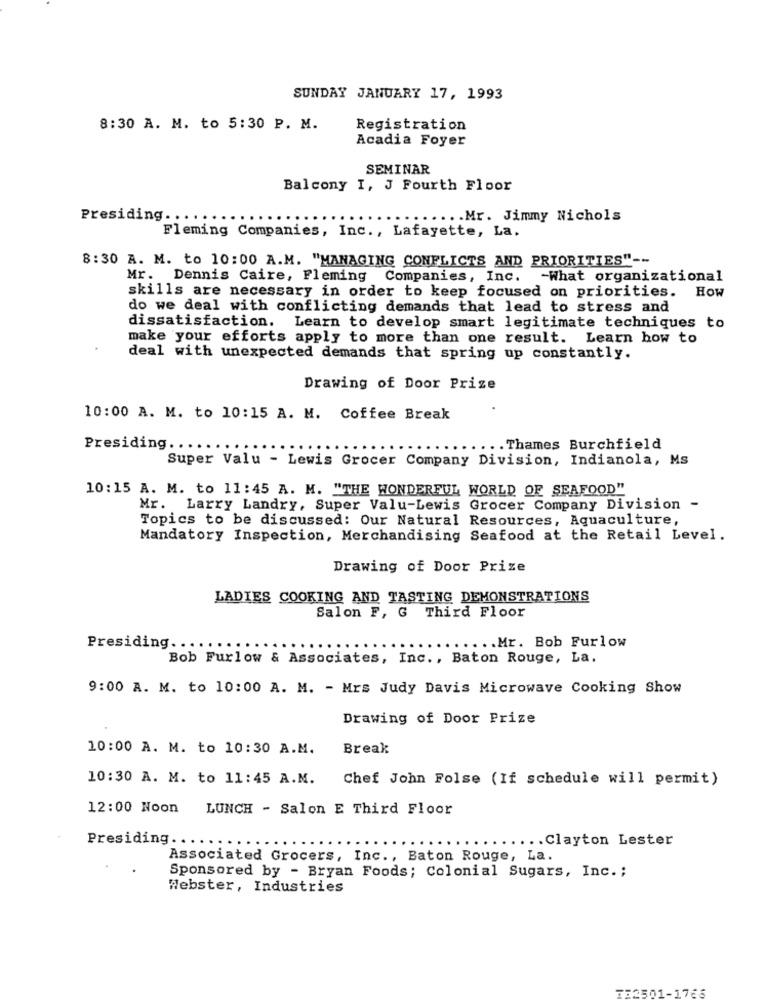
SUNDAY JANUARY 17, 1993
8:30 A. M. to 5:30 P. M.
Registration
Acadia Foyer
SEMINAR
Balcony I, J Fourth Floor
Presiding .......
..... Mr. Jimmy Nichols
Fleming Companies, Inc ., Lafayette, La.
8:30 A. M. to 10:00 A.M. "MANAGING CONFLICTS AND PRIORITIES" --
Mr. Dennis Caire, Fleming Companies, Inc. - What organizational
skills are necessary in order to keep focused on priorities. How
do we deal with conflicting demands that lead to stress and
dissatisfaction. Learn to develop smart legitimate techniques to
make your efforts apply to more than one result. Learn how to
deal with unexpected demands that spring up constantly.
Drawing of Door Prize
10:00 A. M. to 10:15 A. M. Coffee Break
Presiding ....
.. Thames Burchfield
Super Valu - Lewis Grocer Company Division, Indianola, Ms
10:15 A. M. to 11:45 A. M. "THE WONDERFUL WORLD OF SEAFOOD"
Mr. Larry Landry, Super Valu-Lewis Grocer Company Division -
Topics to be discussed: Our Natural Resources, Aquaculture,
Mandatory Inspection, Merchandising Seafood at the Retail Level.
Drawing of Door Prize
LADIES COOKING AND TASTING DEMONSTRATIONS
Third Floor
Salon F, G
.Mr. Bob Furlow
Presiding .....
Bob Furlow & Associates, Inc ., Baton Rouge, La.
9:00 A. M. to 10:00 A. M. - Mrs Judy Davis Microwave Cooking Show
Drawing of Door Prize
10:00 A. M. to 10:30 A.M.
Break
10:30 A. M. to 11:45 A.M.
Chef John Folse (If schedule will permit)
12:00 Noon LUNCH - Salon E Third Floor
Presiding ......
...
... Clayton Lester
Associated Grocers, Inc ., Baton Rouge, La.
Sponsored by - Bryan Foods; Colonial Sugars, Inc .;
Webster, Industries
753301-1766